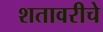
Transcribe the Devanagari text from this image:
शतावरीचे